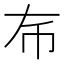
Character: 𢁛